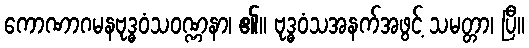
ကောဏာဂမနဗုဒ္ဓဝံသဝဏ္ဏနာ၊ ၏။ ဗုဒ္ဓဝံသအနက်အဖွင့် သမတ္တာ၊ ပြီ။